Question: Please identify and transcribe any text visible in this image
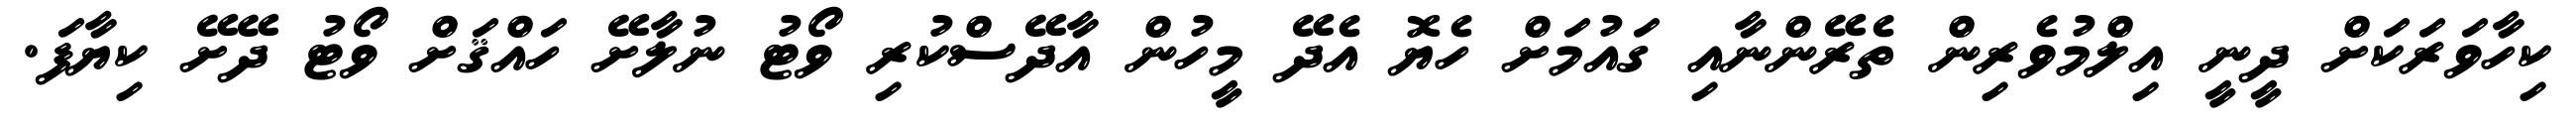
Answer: ކިހާވަރަކަށް ދީނީ އިލްމުވެރިން ތެރޭންނާއި ގައުމަށް ހެޔޮ އެދޭ މީހުން އާދޭސްކުރި ވޯޓު ނުލާށޭ ހައްޤަށް ވޯޓު ދޭށޭ ކިޔާފަ.